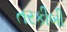
તરકીબી